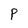
Character: P